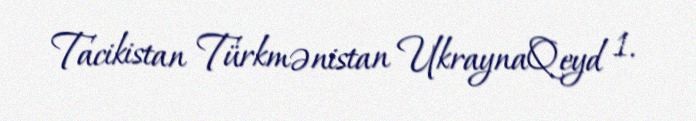
Tacikistan Türkmənistan UkraynaQeyd 1.